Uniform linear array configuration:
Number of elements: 4
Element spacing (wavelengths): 1
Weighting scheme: blackman
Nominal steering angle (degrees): -15
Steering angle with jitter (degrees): -13.568
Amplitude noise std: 0.05
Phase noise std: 0.05

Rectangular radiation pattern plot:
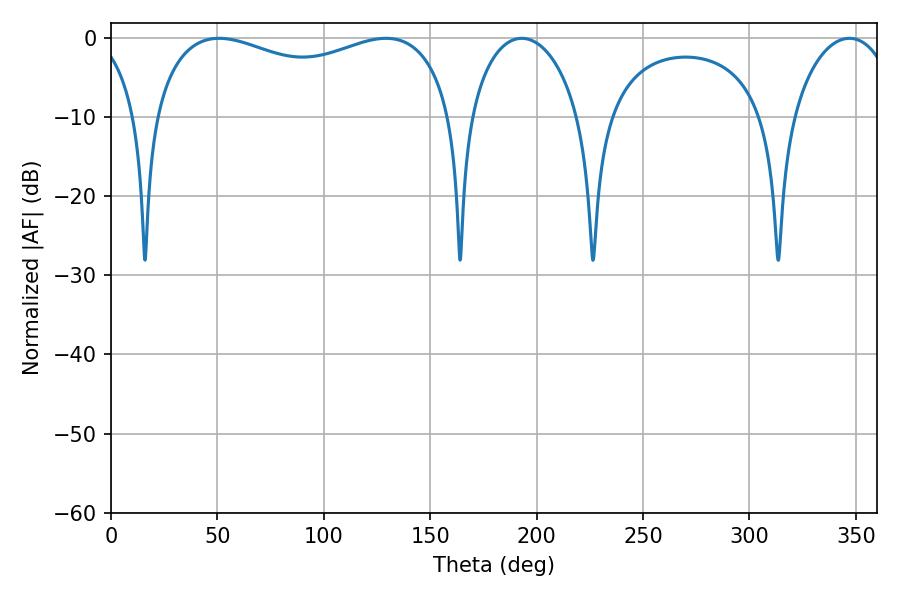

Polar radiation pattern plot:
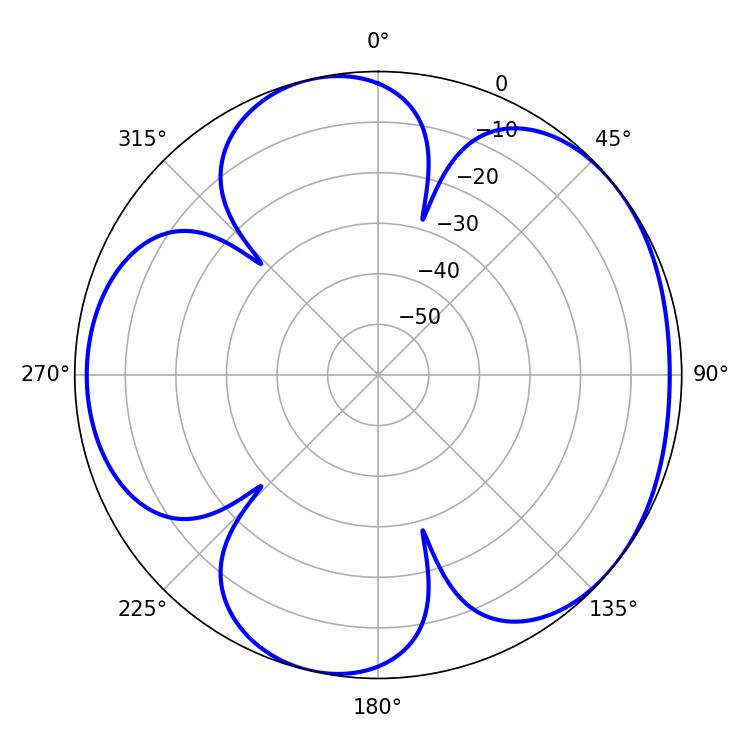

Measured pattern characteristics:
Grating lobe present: TRUE
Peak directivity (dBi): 4.828
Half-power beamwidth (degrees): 116.64
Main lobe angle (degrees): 50.76